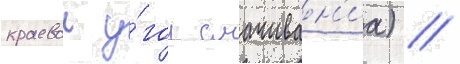
краевои у́гол смачиван'иа) //